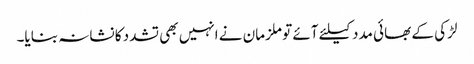
لڑکی کے بھائی مدد کیلئے آئے تو ملزمان نے انہیں بھی تشدد کا نشانہ بنایا۔